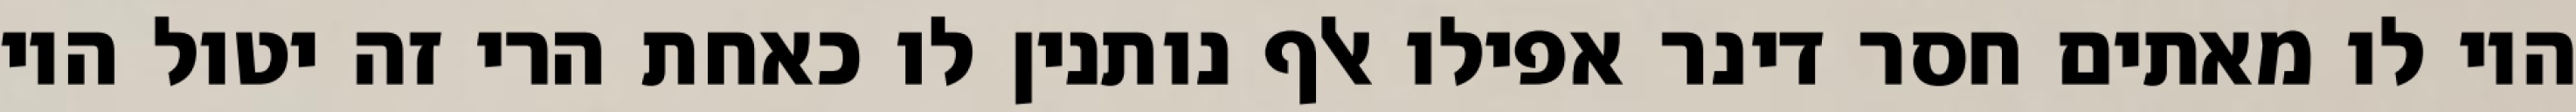
היו לו מאתים חסר דינר אפילו אלף נותנין לו כאחת הרי זה יטול היו